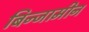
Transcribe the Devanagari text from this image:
बिन्जामीन